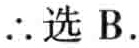
$\therefore$选 B.